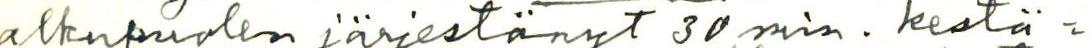
alkupuolen järjestänyt 30 min. kestä=